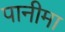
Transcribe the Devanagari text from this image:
पानीमा